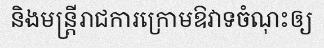
និងមន្ត្រីរាជការក្រោមឱវាទចំណុះឲ្យ